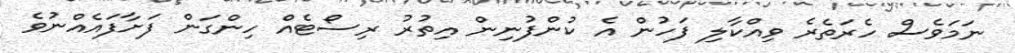
ނަމަވެސް ހެރަތެރެ ވިއްކާލި ފަހުން އެ ކުންފުނިން އިތުރު ރިސޯޓެއް ހިންގަން ފަށާފައެއްނުވެ